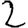
Digit: 2